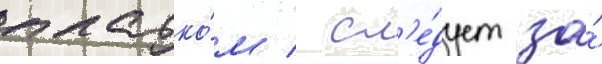
платко́м / сл'е́дует за́